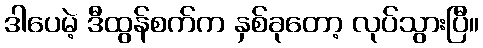
ဒါပေမဲ့ ဒီထွန်စက်က နှစ်ခုတော့ လုပ်သွားပြီ။